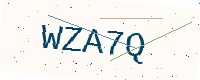
Text: WZA7Q